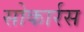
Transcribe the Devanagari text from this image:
सोकार्रस